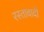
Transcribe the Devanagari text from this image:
रस्तावादी